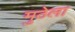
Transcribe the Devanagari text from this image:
मुठेला